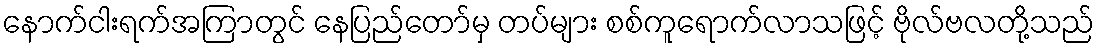
နောက်ငါးရက်အကြာတွင် နေပြည်တော်မှ တပ်များ စစ်ကူရောက်လာသဖြင့် ဗိုလ်ဗလတို့သည်